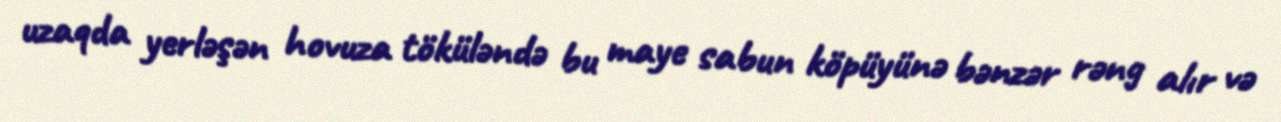
uzaqda yerləşən hovuza töküləndə bu maye sabun köpüyünə bənzər rəng alır və